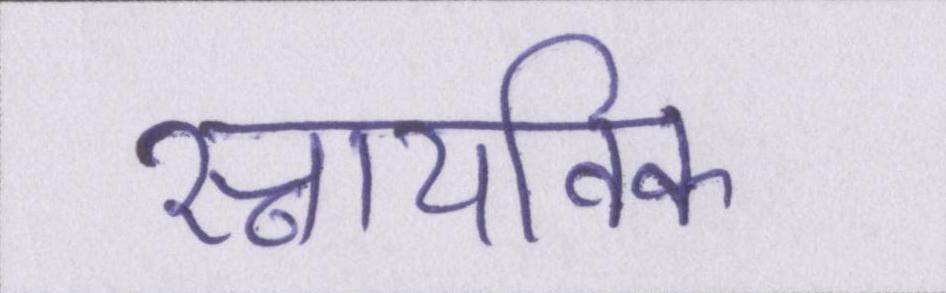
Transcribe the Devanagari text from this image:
स्नायविक